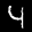
Label: 4